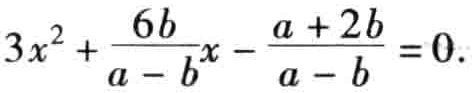
\(3x^{2}+\frac{6b}{a - b}x-\frac{a + 2b}{a - b}=0.\)